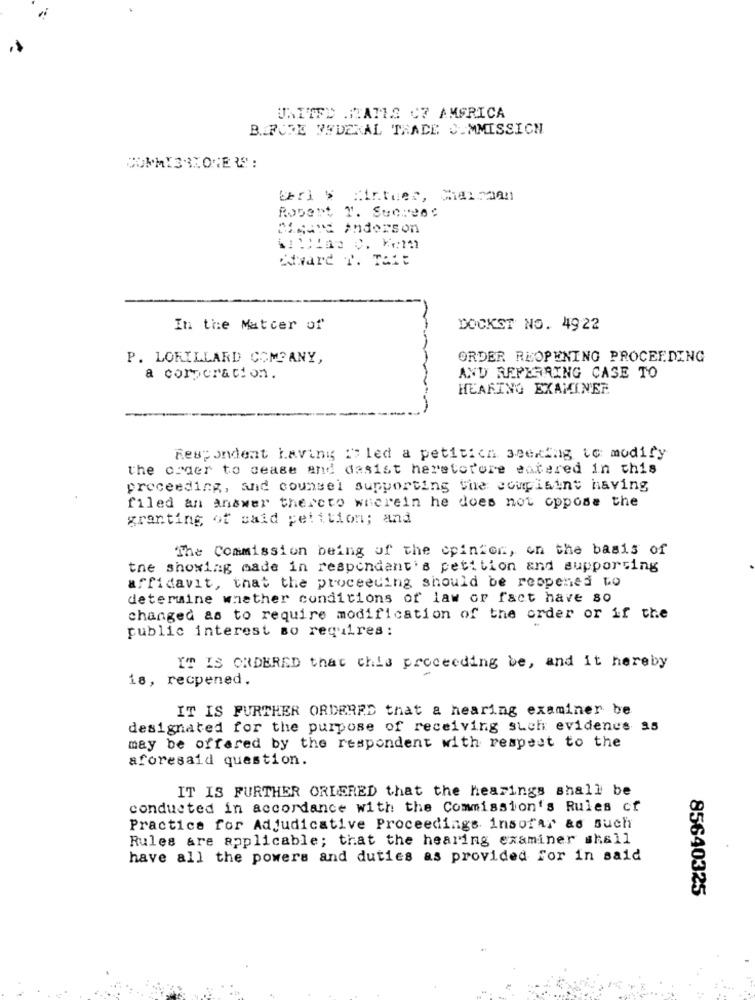
UNITED STATES C7 AMFRICA
BEFORE FEDERAL TRADE COMMISSION
COMMISSIONER:
berl % finther, Ciel man
Robert 1. Sucrees
MiMais Anderson
edward T. Tait
In the Matcer of
DOCKST NO. 49 22
P. LORILLARD COMPANY,
ORDER REOPENING PROCEEDING
a corporation.
AND REFERRING CASE TO
HEARING EXAMINER
Respondent having IF led a petitich 3eering to modify
the order to cease and dasist heretor'ore entered in this
proceeding, and counsel supporting the compisint having
filed an answer thereto wherein he does not oppose the
granting of said petition; and
The Commission being of the cpintor, on the basis of
the showing made in respondant's petition and supporting
affidavit, that the proceeding should be reopened to
determine whether conditions of law or fact have so
changed as to require modification of the order or if the
public interest so requires:
IT IS ORDERED that chis proceeding be, and it hereby
is, recpened.
IT IS FURTHER ORDERED that a hearing examiner be
designated for the purpose of receiving such evidence 95
may be offered by the respondent with respect to the
aforesaid question.
IT IS FURTHER ORDERED that the hearings shall be
conducted in accordance with the Commission's Rules of
Practice for Adjudicative Proceedings insofar as such
Rules are applicable; that the hearing examiner shall
have all the powers and duties as provided For in said
85640325